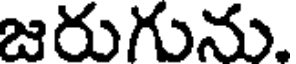
జరుగును.